Lunatic asylums in Bengal annual reports 1912-1924 - 1912-1924
Year: 1912
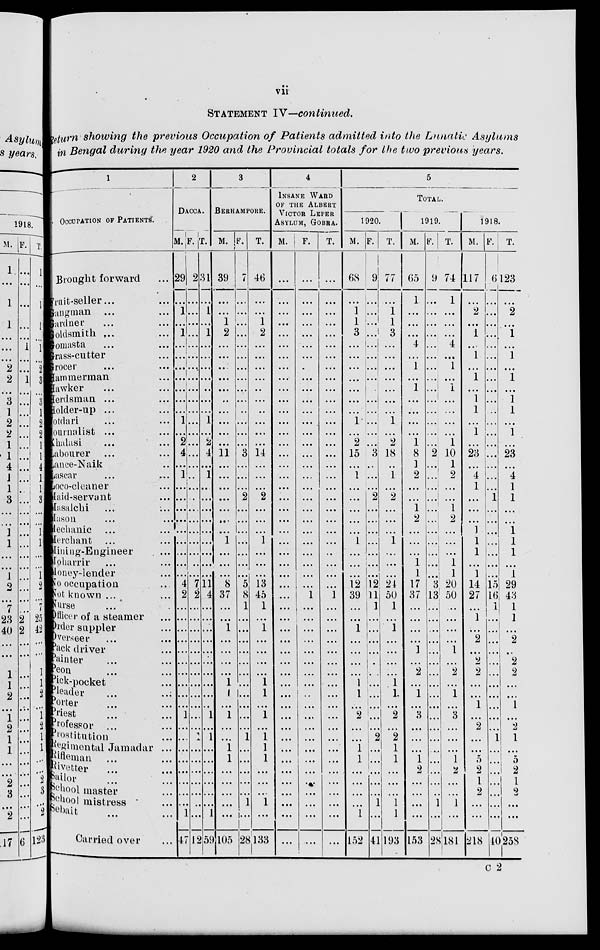
vii
STATEMENT IV— continued.
Return showing the previous Occupation of Patients admitted into the Lunatic
Asylums
in Bengal during the year 1920 and the Provincial totals for the two previous years.
1
OCCUPATION OF PATIENTS.
Brought forward ...
Fruit-seller ... ...
Gangman ... ...
Gardner ... ...
Goldsmith ... ...
Goldsmith ... ...
Grass-cutter ...
Grocer ... ...
Hammerman ...
Hawker ... ...
Herdsman ... ...
Holder-up ... ...
lotdari ... ...
Journalist ... ...
Khalasi ... ...
Labourer ... ...
Lance-Naik ...
Lascar
...
...
Loco-cleaner ...
Maid-servant ...
Masalchi ...
Mason ... ...
Mechanic ... ...
Merchant ... ...
Mining-Engineer ...
Moharrir ... ...
Money-lender ...
No occupation ...
Not known ... ...
Nurse ... ...
Officer of a steamer ...
Order suppler ...
Overseer ... ...
Pack driver ...
Painter ... ...
Peon ... ...
Pick-pocket ...
Pleader ... ...
Porter ... ...
Priest ... ...
Professor
... ...
Institution ...
Regimental Jamadar ...
Rifleman
... ...
Rivetter ... ...
Sailor ... ...
School master ...
School mistress ...
Sebait
...
...
Carried over ...
2
DACCA.
M.
29
...
1
...
1
...
...
...
...
...
...
...
1
...
2
4
...
1
...
...
...
...
...
...
...
...
...
4
2
...
...
...
...
...
...
...
...
...
...
1
...
...
...
...
...
...
...
...
1
47
F.
2
...
...
...
...
...
...
...
...
...
...
...
...
...
...
...
...
...
...
...
...
...
...
...
...
...
...
7
2
...
...
...
...
...
...
...
...
...
...
...
...
1
...
...
...
...
...
...
...
12
T.
31
...
1
...
1
...
...
...
...
...
...
...
1
...
2
4
...
1
...
...
...
...
...
...
...
...
...
11
4
...
...
...
...
...
...
...
...
...
...
1
...
1
...
...
...
...
...
...
1
59
3
BERHAMPORE.
M.
39
...
...
1
2
...
...
...
...
...
...
...
...
...
...
11
...
...
...
...
...
...
...
1
...
...
...
8
37
...
...
1
...
...
...
...
1
1
...
1
...
...
1
1
...
...
...
...
...
105
F.
7
...
...
...
...
...
...
...
...
...
...
...
...
...
...
3
...
...
...
2
...
...
...
...
...
...
...
5
8
1
...
...
...
...
...
...
...
...
...
...
...
1
...
...
...
...
...
1
...
28
T.
46
...
...
1
2
...
...
...
...
...
...
...
...
...
...
14
...
...
...
2
...
...
...
1
...
...
...
13
45
1
...
1
...
...
...
...
1
1
...
1
...
1
1
1
...
...
...
1
...
133
4
INSANE WARD
OF THE ALBERT
VICTOR LEPER
ASYLUM, GOBRA.
M.
...
...
...
...
...
...
...
...
...
...
...
...
...
...
...
...
...
...
...
...
...
...
...
...
...
...
...
...
...
...
...
...
...
...
...
...
...
...
...
...
...
...
...
...
...
...
...
...
...
...
F.
...
...
...
...
...
...
...
...
...
...
...
...
...
...
...
...
...
...
...
...
...
...
...
...
...
...
...
...
1
...
...
...
...
...
...
...
...
...
...
...
...
...
...
...
...
...
...
...
...
...
T.
...
...
...
...
...
...
...
...
...
...
...
...
...
...
...
...
...
...
...
...
...
...
...
...
...
...
...
...
1
...
...
...
...
...
...
...
...
...
...
...
...
...
...
...
...
...
...
...
...
...
5
TOTAL.
1920.
M.
68
...
1
1
3
...
...
...
...
...
...
...
1
...
2
15
...
1
...
...
...
...
...
1
...
...
...
12
39
...
...
1
...
...
...
...
1
1
...
2
...
...
1
1
...
...
...
...
1
152
F.
9
...
...
...
...
...
...
...
...
...
...
...
...
...
...
3
...
...
...
2
...
...
...
...
...
...
...
12
11
1
...
...
...
...
...
...
...
...
...
...
...
2
...
...
...
...
...
1
...
41
T.
77
...
1
1
3
...
...
...
...
...
...
...
1
...
2
18
...
1
...
2
...
...
...
1
...
...
...
24
50
1
...
1
...
...
...
...
1
1
...
2
...
2
1
1
...
...
...
1
1
193
1919.
M.
65
1
...
...
...
4
...
1
...
1
...
...
...
...
1
8
1
2
...
...
1
2
...
...
...
1
1
17
37
...
...
...
...
1
...
2
...
1
...
3
...
...
...
1
2
...
...
...
...
153
F.
9
...
...
...
...
...
...
...
...
...
...
...
...
...
...
2
...
...
...
...
...
...
...
...
...
...
...
3
13
...
...
...
...
...
...
...
...
...
...
...
...
...
...
...
...
...
...
1
...
28
T.
74
1
...
...
...
4
...
1
...
1
...
...
...
...
1
10
1
2
...
...
1
2
...
...
...
1
1
20
50
...
...
...
...
1
...
2
...
1
...
3
...
...
...
1
2
...
...
1
...
181
1918.
M.
117
...
...
...
1
...
1
...
1
...
1
1
...
1
...
23
...
4
1
...
...
...
1
1
1
...
1
14
27
...
1
...
2
...
2
2
...
...
1
...
2
...
...
5
2
1
2
...
...
218
F.
6
...
...
...
...
...
...
...
...
...
...
...
...
...
...
...
...
...
...
1
...
...
...
...
...
...
...
15
16
1
...
...
...
...
...
...
...
...
...
...
...
1
...
...
...
...
...
...
...
40
T.
123
...
2
...
1
...
1
...
1
...
1
1
...
1
...
23
...
4
1
1
...
...
1
1
1
...
1
29
43
1
1
...
2
...
2
2
...
...
1
...
2
1
...
5
2
1
2
...
...
258
C 2